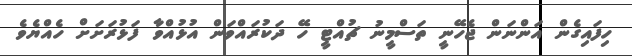
ހިފައިގެން އަންނަން ޖެހޭނީ ތަސްމީނު ޗުއްޓީ ހޭ ދަކުރައްވަން އުޅުއްވާ ފަޅުރަށަށް ހެއްޔެވެ